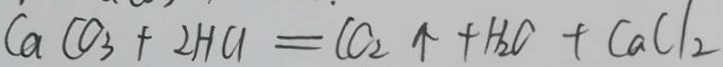
C a C O _ { 3 } + 2 H C l = l C _ { 2 } \uparrow + H _ { 2 } C + C a C l _ { 2 }